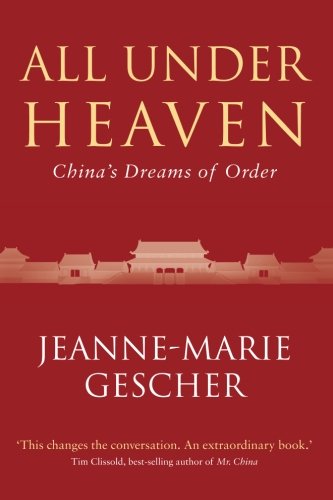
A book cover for All Under Heaven: China's Dreams of Order; Jeannemarier Gescher; History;